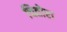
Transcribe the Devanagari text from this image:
चितोरा